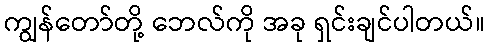
ကျွန်တော်တို့ ဘေလ်ကို အခု ရှင်းချင်ပါတယ်။